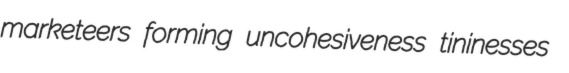
marketeers forming uncohesiveness tininesses